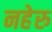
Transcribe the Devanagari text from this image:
नहेरु